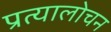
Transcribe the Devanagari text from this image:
प्रत्यालोचन